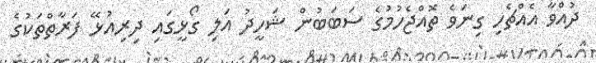
ދުއްވާ އެއްޗެހި ގިނަވެ ތޮއްޖެހުމުގެ ސަބަބުން ޝަހީދު އަލި ގޯޅީގައި ދިރިއުޅޭ ފަރާތްތަކުގެ